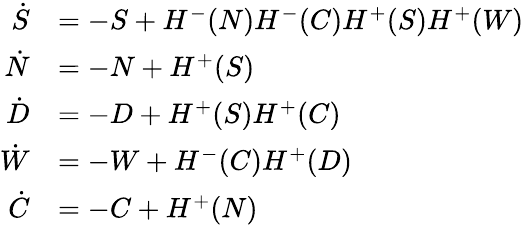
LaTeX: \begin{array}{rl}{\dot{S}}&{=-S+H^{-}(N)H^{-}(C)H^{+}(S)H^{+}(W)}\\ {\dot{N}}&{=-N+H^{+}(S)}\\ {\dot{D}}&{=-D+H^{+}(S)H^{+}(C)}\\ {\dot{W}}&{=-W+H^{-}(C)H^{+}(D)}\\ {\dot{C}}&{=-C+H^{+}(N)}\end{array}